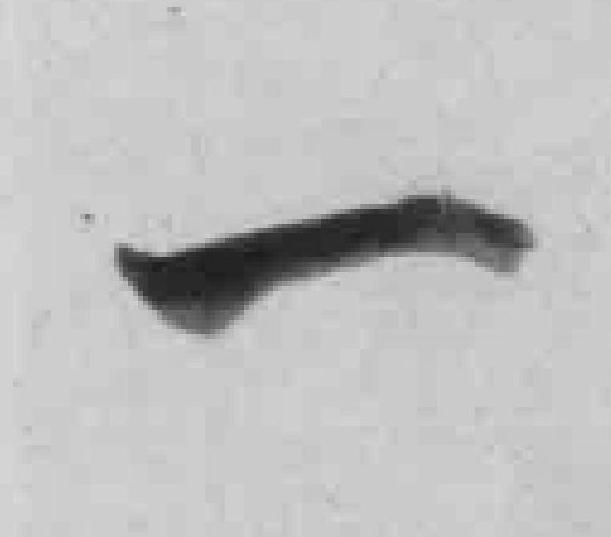
一